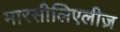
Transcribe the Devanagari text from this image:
मारसीलिएलीज़